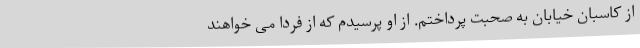
از کاسبان خیابان به صحبت پرداختم. از او پرسیدم که از فردا می خواهند